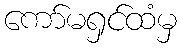
ကော်မရှင်ထံမှ